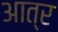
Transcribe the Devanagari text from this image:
आत्र